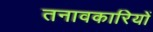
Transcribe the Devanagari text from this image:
तनावकारियों